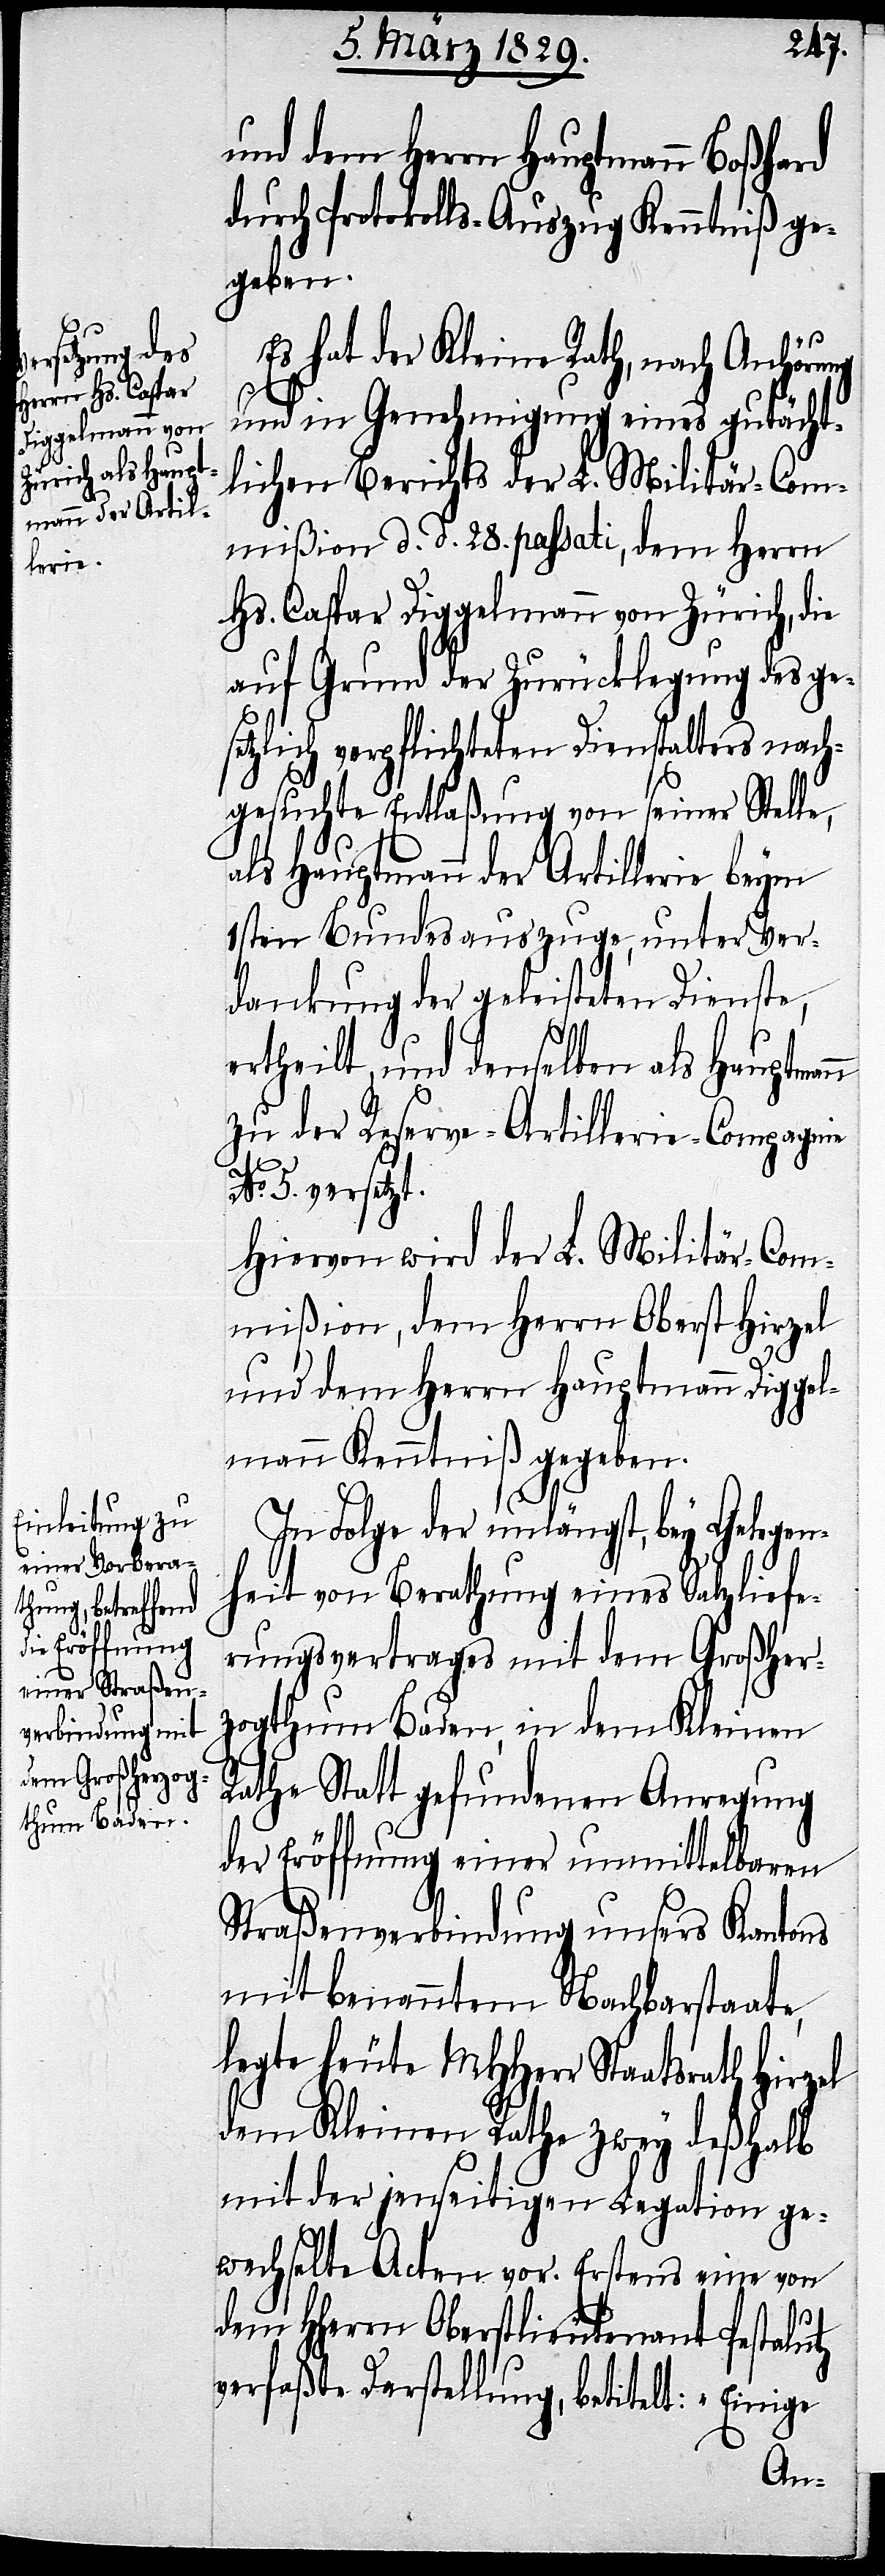
und dem Herrn Hauptmann Boßhard
durch Protokolls-Auszug Kenntniß ge¬
geben.
Es hat der Kleine Rath, nach Anhörung
und in Genehmigung eines gutächt¬
lichen Berichts der L. Militär-Com¬
mißion d. d. 28. passati, dem Herrn
Hs. Caspar Diggelmann von Zürich, die
auf Grund der Zurücklegung des ge¬
setzlich verpflichteten Dienstalters nach¬
gesuchte Entlaßung von seiner Stelle,
als Hauptmann der Artillerie beym
1sten Bundesauszuge, unter Ver¬
dankung der geleisteten Dienste,
ertheilt, und denselben als Hauptman¬
n der Reserve-Artillerie-Compagnie
5. versetzt.
Hiervon wird der L. Militär-Com¬
mißion, dem Herrn Oberst Hirzel
und dem Herrn Hauptmann Diggel¬
mann Kenntniß gegeben.
In Folge der unlängst, bey Gelegen¬
heit von Berathung eines Salzliefe¬
rungsvertrages mit dem Großher¬
zogthum Baden, in dem Kleinen
Rathe Statt gefundenen Anregung
der Eröffnung einer unmittelbaren
Straßenverbindung unsers Kantons
mit benanntem Nachbarstaate,
legte heute MHHerr Staatsrath Hirzel
dem Kleinen Rathe zwey deßhalb
mit der jenseitigen Legation ge¬
wechselte Achten vor. Erstens eine von
dem HHerrn Oberstlieutenant Pestalutz
verfaßte Darstellung, betitelt: „Einige